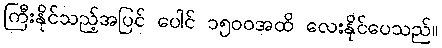
ကြီးနိုင်သည့်အပြင် ပေါင် ၁၅၀၀အထိ လေးနိုင်ပေသည်။